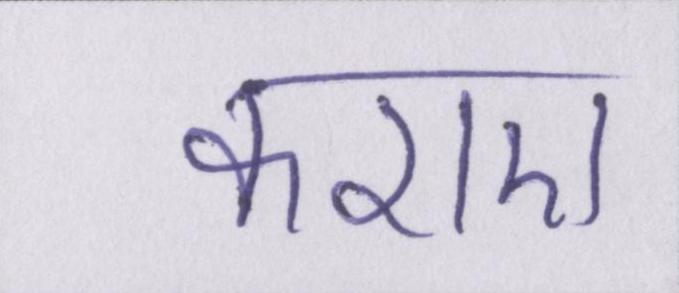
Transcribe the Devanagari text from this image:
कराए